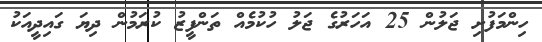
ހިންމަފުށި ޖަލުން 25 އަހަރުގެ ޖަލު ހުކުމެއް ތަންފީޒު ކުރަމުން ދިޔަ ގައިދީއަކު